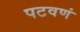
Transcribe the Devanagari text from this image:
पटवणं